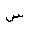
Letter: _sin